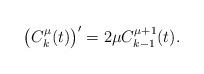
LaTeX: \begin{align*}\big(C_k^\mu(t)\big)'=2\mu C_{k-1}^{\mu+1}(t).\end{align*}